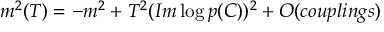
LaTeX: m ^ { 2 } ( T ) = - m ^ { 2 } + T ^ { 2 } ( I m \log p ( C ) ) ^ { 2 } + O ( c o u p l i n g s )